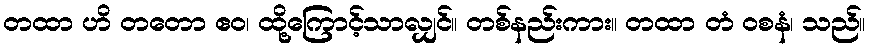
တထာ ဟိ တတော ဧဝ၊ ထို့ကြောင့်သာလျှင်။ တစ်နည်းကား။ တထာ တံ ဝစနံ၊ သည်။